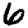
Digit: 6